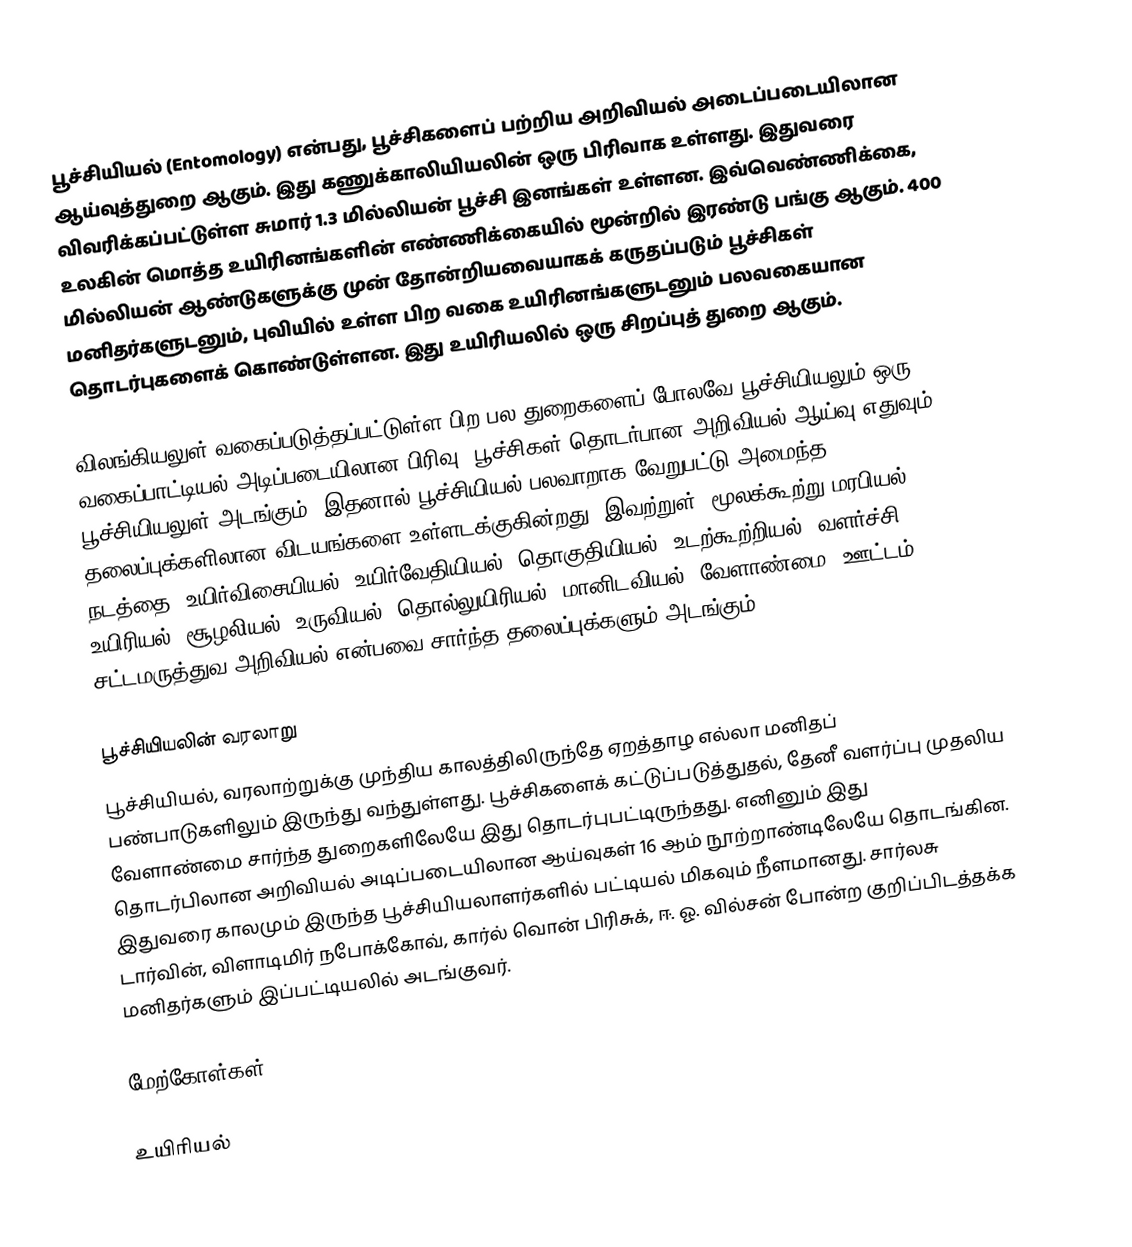
பூச்சியியல் (Entomology) என்பது, பூச்சிகளைப் பற்றிய அறிவியல் அடைப்படையிலான ஆய்வுத்துறை ஆகும். இது கணுக்காலியியலின் ஒரு பிரிவாக உள்ளது. இதுவரை விவரிக்கப்பட்டுள்ள சுமார் 1.3 மில்லியன் பூச்சி இனங்கள் உள்ளன. இவ்வெண்ணிக்கை, உலகின் மொத்த உயிரினங்களின் எண்ணிக்கையில் மூன்றில் இரண்டு பங்கு ஆகும். 400 மில்லியன் ஆண்டுகளுக்கு முன் தோன்றியவையாகக் கருதப்படும் பூச்சிகள் மனிதர்களுடனும், புவியில் உள்ள பிற வகை உயிரினங்களுடனும் பலவகையான தொடர்புகளைக் கொண்டுள்ளன. இது உயிரியலில் ஒரு சிறப்புத் துறை ஆகும்.

விலங்கியலுள் வகைப்படுத்தப்பட்டுள்ள பிற பல துறைகளைப் போலவே பூச்சியியலும் ஒரு வகைப்பாட்டியல் அடிப்படையிலான பிரிவு. பூச்சிகள் தொடர்பான அறிவியல் ஆய்வு எதுவும் பூச்சியியலுள் அடங்கும். இதனால் பூச்சியியல் பலவாறாக வேறுபட்டு அமைந்த தலைப்புக்களிலான விடயங்களை உள்ளடக்குகின்றது. இவற்றுள், மூலக்கூற்று மரபியல், நடத்தை, உயிர்விசையியல், உயிர்வேதியியல், தொகுதியியல், உடற்கூற்றியல், வளர்ச்சி உயிரியல், சூழலியல், உருவியல், தொல்லுயிரியல், மானிடவியல், வேளாண்மை, ஊட்டம், சட்டமருத்துவ அறிவியல் என்பவை சார்ந்த தலைப்புக்களும் அடங்கும்.

பூச்சியியலின் வரலாறு
பூச்சியியல், வரலாற்றுக்கு முந்திய காலத்திலிருந்தே ஏறத்தாழ எல்லா மனிதப் பண்பாடுகளிலும் இருந்து வந்துள்ளது. பூச்சிகளைக் கட்டுப்படுத்துதல், தேனீ வளர்ப்பு முதலிய வேளாண்மை சார்ந்த துறைகளிலேயே இது தொடர்புபட்டிருந்தது. எனினும் இது தொடர்பிலான அறிவியல் அடிப்படையிலான ஆய்வுகள் 16 ஆம் நூற்றாண்டிலேயே தொடங்கின. இதுவரை காலமும் இருந்த பூச்சியியலாளர்களில் பட்டியல் மிகவும் நீளமானது. சார்லசு டார்வின், விளாடிமிர் நபோக்கோவ், கார்ல் வொன் பிரிசுக், ஈ. ஓ. வில்சன் போன்ற குறிப்பிடத்தக்க மனிதர்களும் இப்பட்டியலில் அடங்குவர்.

மேற்கோள்கள்

உயிரியல்